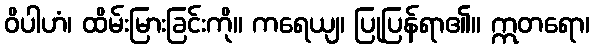
ဝိပါဟံ၊ ထိမ်းမြားခြင်းကို။ ကရေယျ၊ ပြုပြန်ရာ၏။ ဣတရော၊